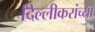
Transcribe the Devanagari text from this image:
दिल्लीकरांच्या